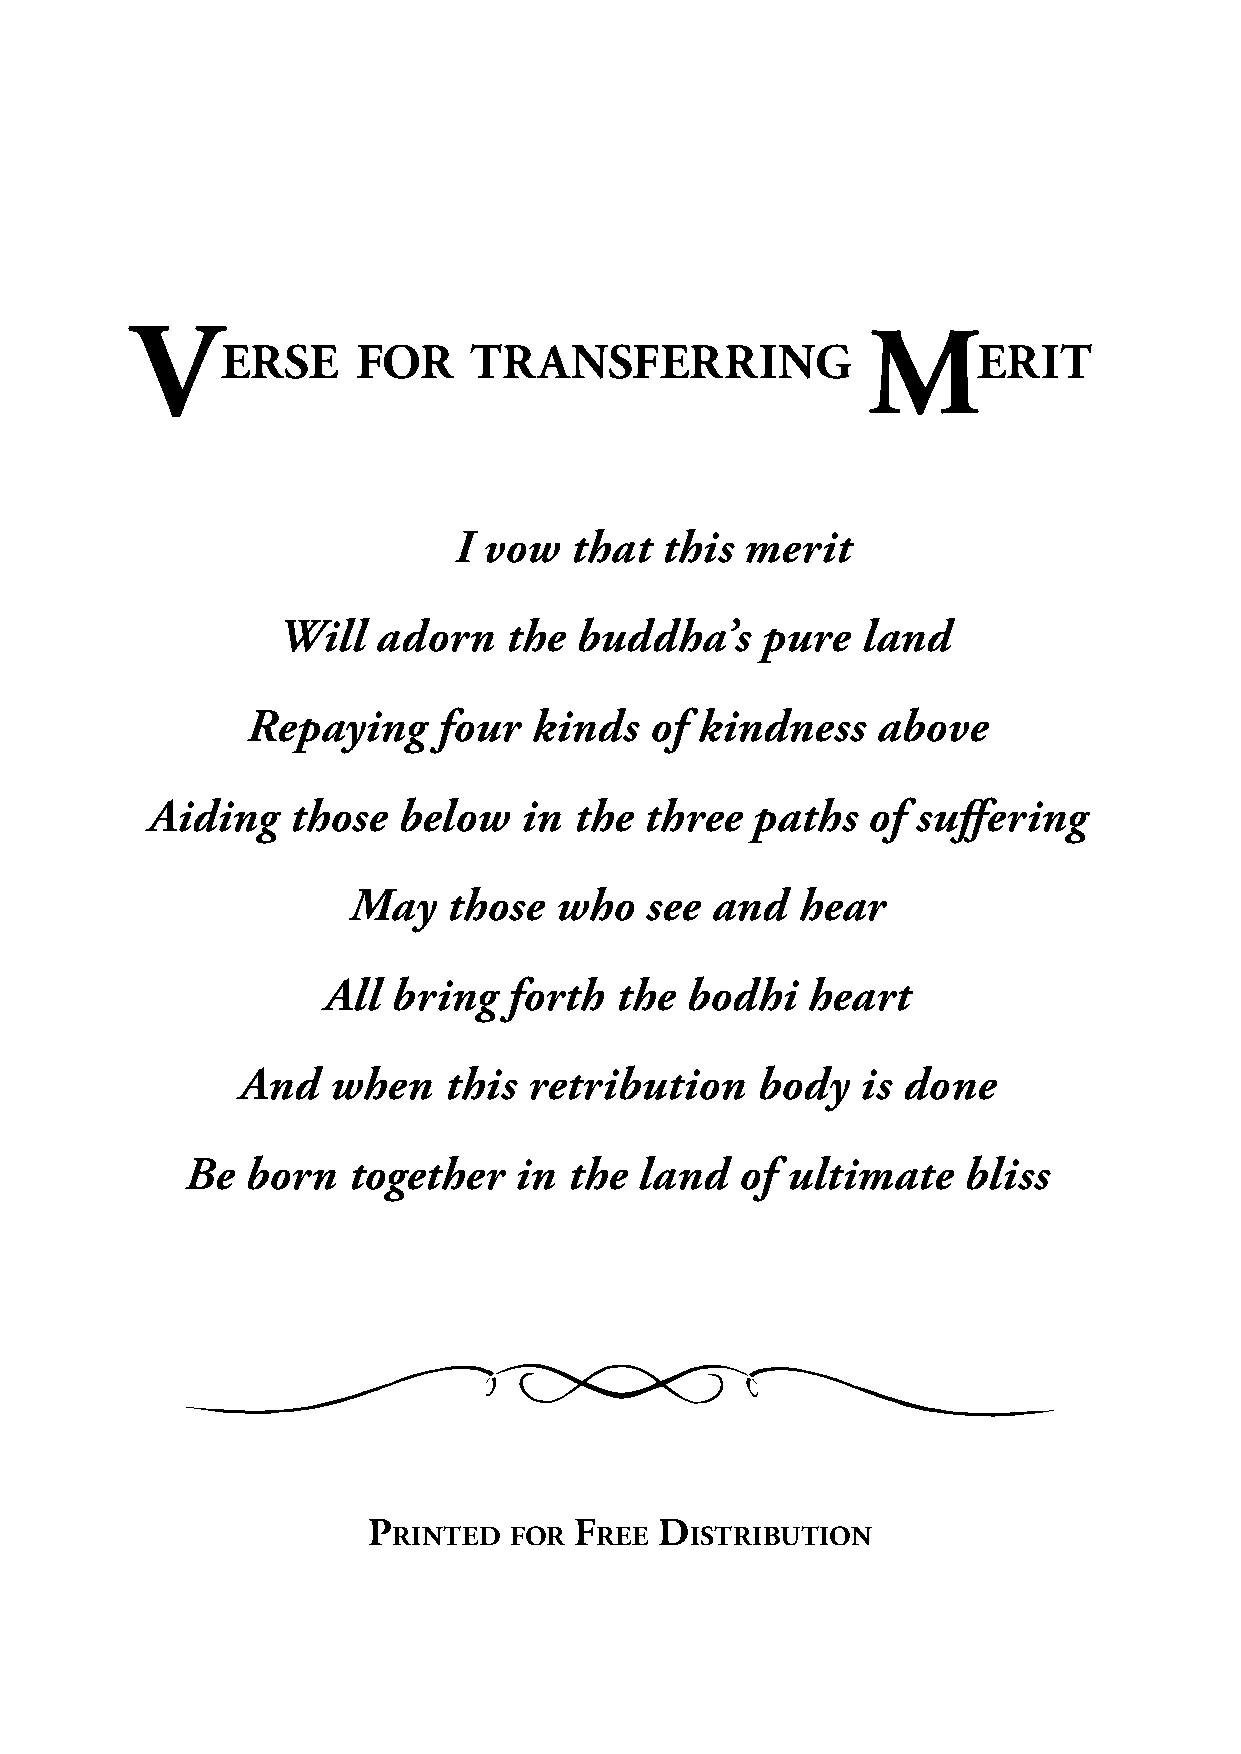
V                                               M
 ERSE     FOR    TRANSFERRING                      ERIT
 I vow   that  this merit
 Will   adorn   the  buddha’s    pure   land
 Repaying     four  kinds   of kindness    above
 Aiding   those  below    in the  three  paths  of  suffering
 May    those  who   see and   hear
 All  bring   forth  the bodhi   heart
 And   when   this  retribution    body   is done
 Be  born   together   in  the land   of ultimate    bliss
 P             F     D
 RINTED  FOR  REE    ISTRIBUTION